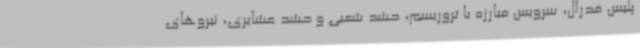
پلیس فدرال، سرویس مبارزه با تروریسم، حشد شعبی و حشد عشایری، نیروهای